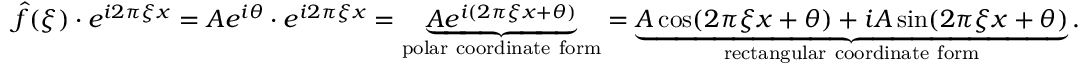
{ \hat { f } } ( \xi ) \cdot e ^ { i 2 \pi \xi x } = A e ^ { i \theta } \cdot e ^ { i 2 \pi \xi x } = \underbrace { A e ^ { i ( 2 \pi \xi x + \theta ) } } _ { \mathrm { p o l a r ~ c o o r d i n a t e ~ f o r m } } = \underbrace { A \cos ( 2 \pi \xi x + \theta ) + i A \sin ( 2 \pi \xi x + \theta ) } _ { \mathrm { r e c t a n g u l a r ~ c o o r d i n a t e ~ f o r m } } .